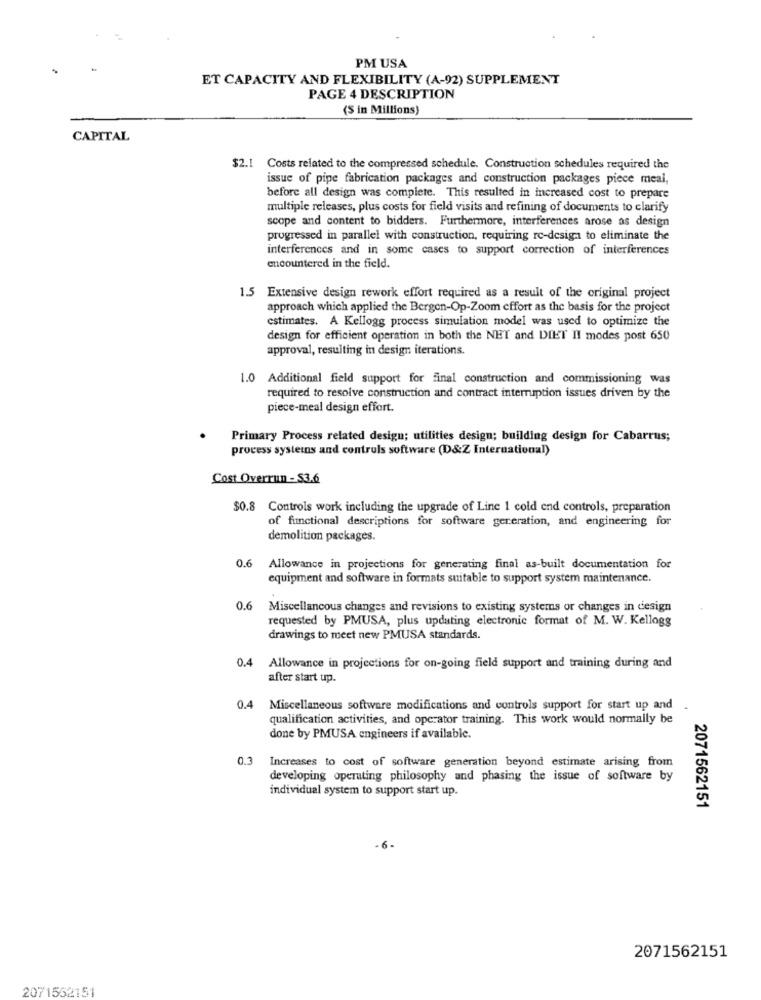
PM USA
ET CAPACITY AND FLEXIBILITY (A-92) SUPPLEMENT
PAGE 4 DESCRIPTION
(S in Millions)
CAPITAL
$2.1 Costs related to the compressed schedule. Construction schedules required the
issue of pipe fabrication packages and construction packages piece meal,
before all design was complete. This resulted in increased cost to prepare
multiple releases, plus costs for field visits and refining of documents to clarify
scope and content to bidders. Furthermore, interferences arose as design
progressed in parallel with construction, requiring re-design to eliminate the
interferences and in some cases to support correction of interferences
encountered in the field.
1.5 Extensive design rework effort required as a result of the original project
approach which applied the Bergen-Op-Zoom effort as the basis for the project
estimates. A Kellogg process simulation model was used to optimize the
design for efficient operation in both the NET and DIET II modes post 650
approval, resulting in design iterations.
1.0 Additional field support for final construction and commissioning was
required to resolve construction and contract interruption issues driven by the
piece-meal design effort.
Primary Process related design; utilities design; building design for Cabarrus;
process systems and contruls software (D&Z International)
Cost Overrun - 53.6
$0.8 Controls work including the upgrade of Line 1 cold end controls, preparation
of functional descriptions for software generation, and engineering for
demolition packages.
0.6 Allowance in projections for generating final as-built documentation for
equipment and software in formats suitable to support system maintenance.
0.6 Miscellancous changes and revisions to existing systems or changes in design
requested by PMUSA, plus updating electronic format of M. W. Kellogg
drawings to meet new PMUSA standards.
0.4 Allowance in projections for on-going field support and training during and
after start up.
0.4 Miscellaneous software modifications and controls support for start up and
qualification activities, and operator training. This work would normally be
done by PMUSA engineers if available.
0.3
Increases to cost of software generation beyond estimate arising from
developing operating philosophy and phasing the issue of software by
individual system to support start up.
2071562151
- 6-
2071562151
2071552151